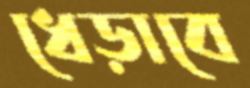
ধেড়াবে